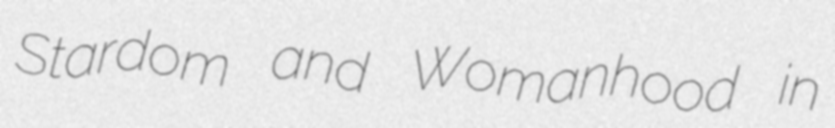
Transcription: Stardom and Womanhood in